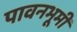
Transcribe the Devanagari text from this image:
पावनभूमी